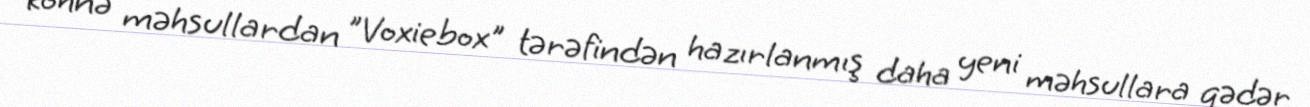
köhnə məhsullardan "Voxiebox" tərəfindən hazırlanmış daha yeni məhsullara qədər